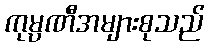
ကုမ္ပဏီအများစုသည်